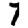
Digit: 7